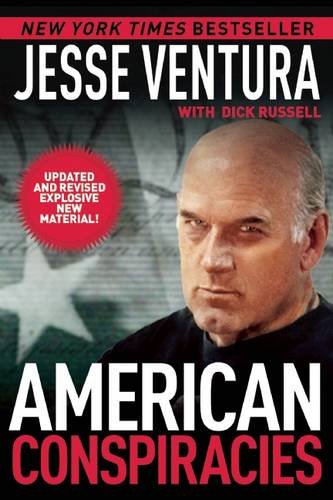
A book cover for American Conspiracies; Jesse Ventura; Politics & Social Sciences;